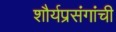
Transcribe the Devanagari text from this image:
शौर्यप्रसंगांची